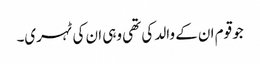
جو قوم ان کے والد کی تھی وہی ان کی ٹہری۔